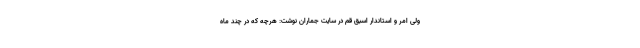
ولی امر و استاندار اسبق قم در سایت جماران نوشت: هرچه که در چند ماه